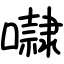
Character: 㘑